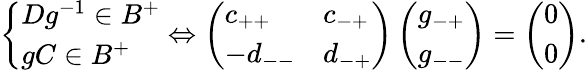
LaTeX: \left\{ \begin{array}{l}{Dg^{-1}\in B^{+}}\\ {gC\in B^{+}}\end{array}\right.\Leftrightarrow\left(\begin{array}{ll}{c_{++}}&{c_{-+}}\\ {-d_{--}}&{d_{-+}}\end{array}\right)\left(\begin{array}{l}{g_{-+}}\\ {g_{--}}\end{array}\right)=\left(\begin{array}{l}{0}\\ {0}\end{array}\right).